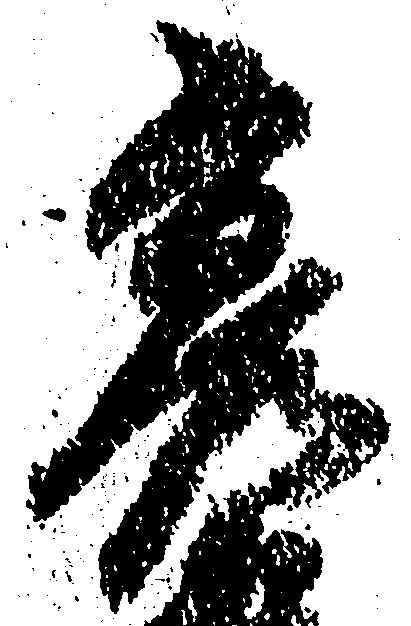
亮